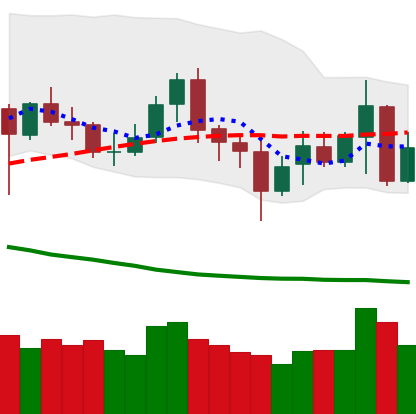
Ticker: XMR-USD
Chart end date: 2020-07-04
Forward return: 5.454%
Label: up_5_7